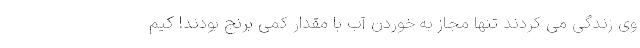
وی زندگی می کردند تنها مجاز به خوردن آب با مقدار کمی برنج بودند! کیم